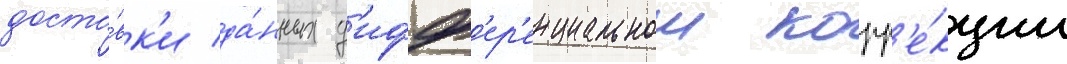
доста́вк'и да́нных д'ифф'ер'енциальнои корр'е́кции